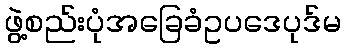
ဖွဲ့စည်းပုံအခြေခံဥပဒေပုဒ်မ